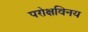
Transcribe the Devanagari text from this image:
परोक्षविनय